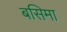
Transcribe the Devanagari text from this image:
बसिमा